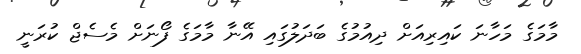
މާމަގެ މަހާނަ ކައިރިއަށް ދިއުމުގެ ބަދަލުގައި އޭނާ މާމަގެ ފޯނަށް މެސެޖް ކުރަނީ